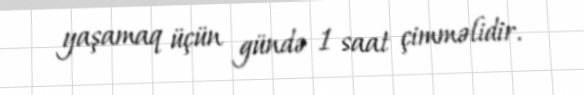
yaşamaq üçün gündə 1 saat çimməlidir.